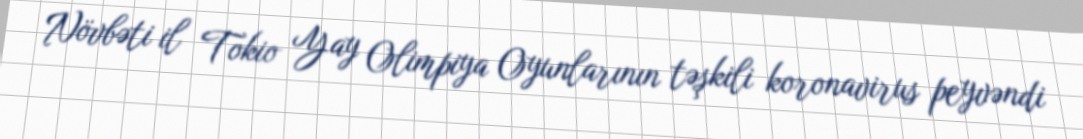
Növbəti il Tokio Yay Olimpiya Oyunlarının təşkili koronavirus peyvəndi